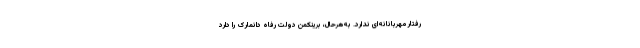
رفتار مهربانانه‌ای ندارد. به‌هرحال، برینکمن دولت رفاه دانمارک را دارد